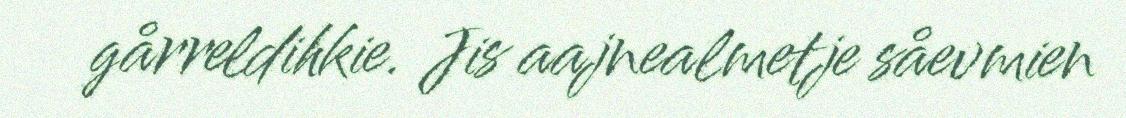
gårreldihkie. Jis aajnealmetje såevmien